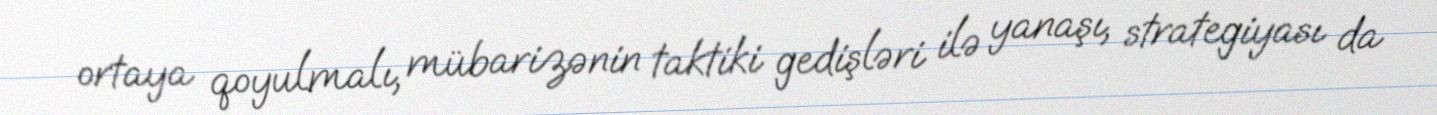
ortaya qoyulmalı, mübarizənin taktiki gedişləri ilə yanaşı, strategiyası da